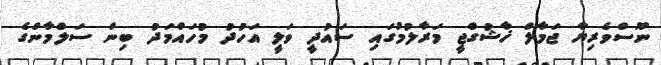
ނޫސްވެރިޔާ ޖަމާލް ޚާޝުގްޖީ މަރާލުމުގައި ސައުދީ ވަލީ އަހުދު މުހައްމަދު ބިން ސަލްމާންގެ